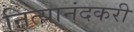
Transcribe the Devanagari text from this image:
नित्यानंदकरी